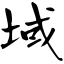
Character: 域